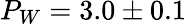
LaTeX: P_{W}=3.0\pm 0.1